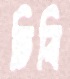
ঢিবি